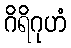
ဂိရိဂုဟံ